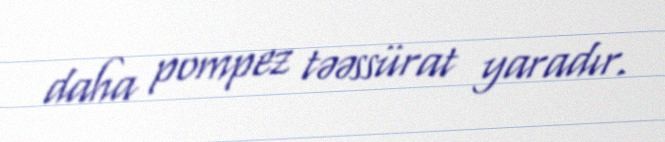
daha pompez təəssürat yaradır.